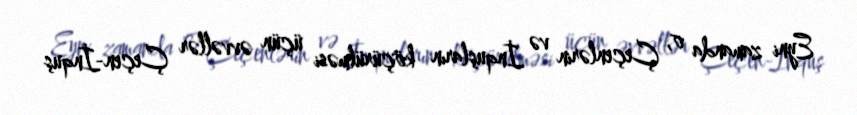
Eyni zamanda o, Çeçenlərin və İnquşların köçürülməsi üçün əvvəllər Çeçen-İnquş